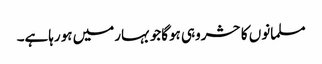
مسلمانوں کاحشروہی ہوگاجوبہارمیں ہورہاہے۔